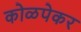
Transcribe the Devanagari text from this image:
कोळपेकर